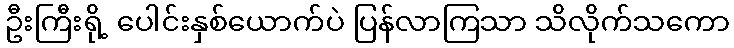
ဦးကြီးရို့ ပေါင်းနှစ်ယောက်ပဲ ပြန်လာကြသာ သိလိုက်သကော